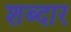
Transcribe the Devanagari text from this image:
शब्दार